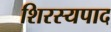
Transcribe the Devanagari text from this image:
शिरस्यपाद